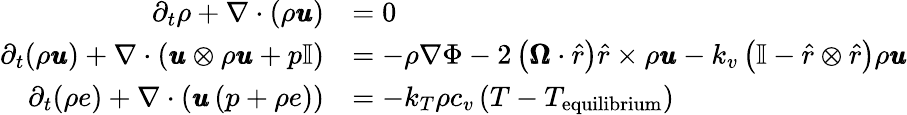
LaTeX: \begin{array}{rl}{\partial_{t}\rho+\nabla\cdot\left(\rho\pmb{u}\right)}&{=0}\\ {\partial_{t}(\rho\pmb{u})+\nabla\cdot\left(\pmb{u}\otimes\rho\pmb{u}+p\mathbb{I}\right)}&{=-\rho\nabla\Phi-2\left(\pmb{\Omega}\cdot\hat{r}\right)\hat{r}\times\rho\pmb{u}-k_{v}\left(\mathbb{I}-\hat{r}\otimes\hat{r}\right)\rho\pmb{u}}\\ {\partial_{t}(\rho e)+\nabla\cdot\left(\pmb{u}\left(p+\rho e\right)\right)}&{=-k_{T}\rho c_{v}\left(T-T_{\mathrm{equilibrium}}\right)}\end{array}